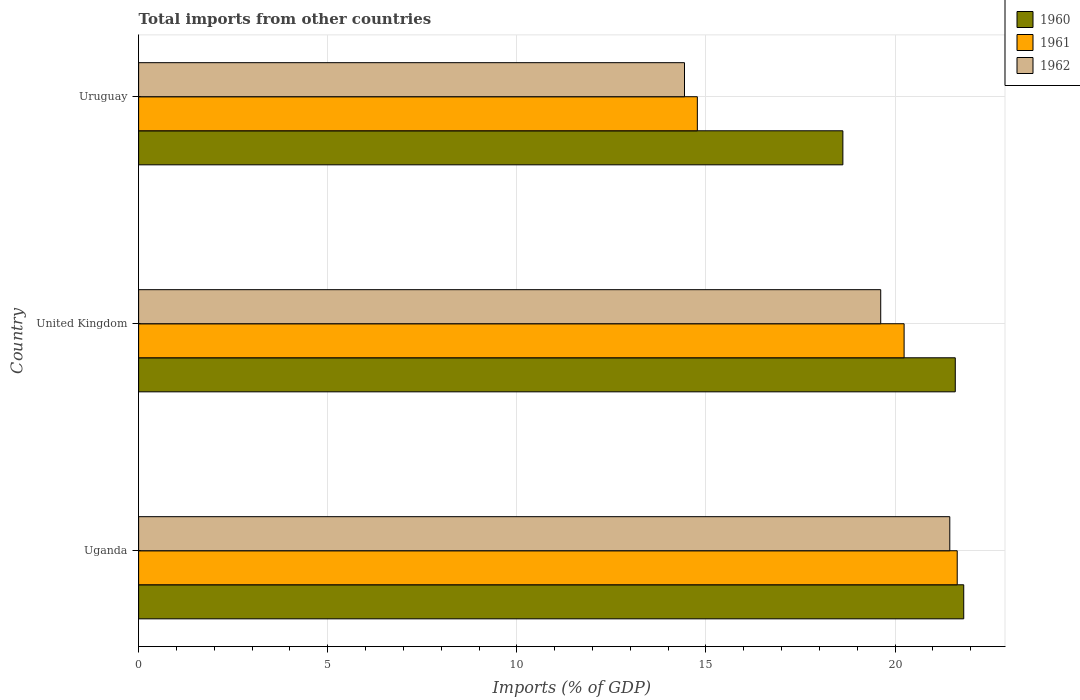
| Country | 1960 | 1961 | 1962 |
 | --- | --- | --- | --- |
 | Uganda | 21.8 | 21.6 | 21.4 |
 | United Kingdom | 21.6 | 20.2 | 19.6 |
 | Uruguay | 18.6 | 14.8 | 14.4 |